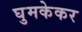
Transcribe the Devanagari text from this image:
घुमकेकर